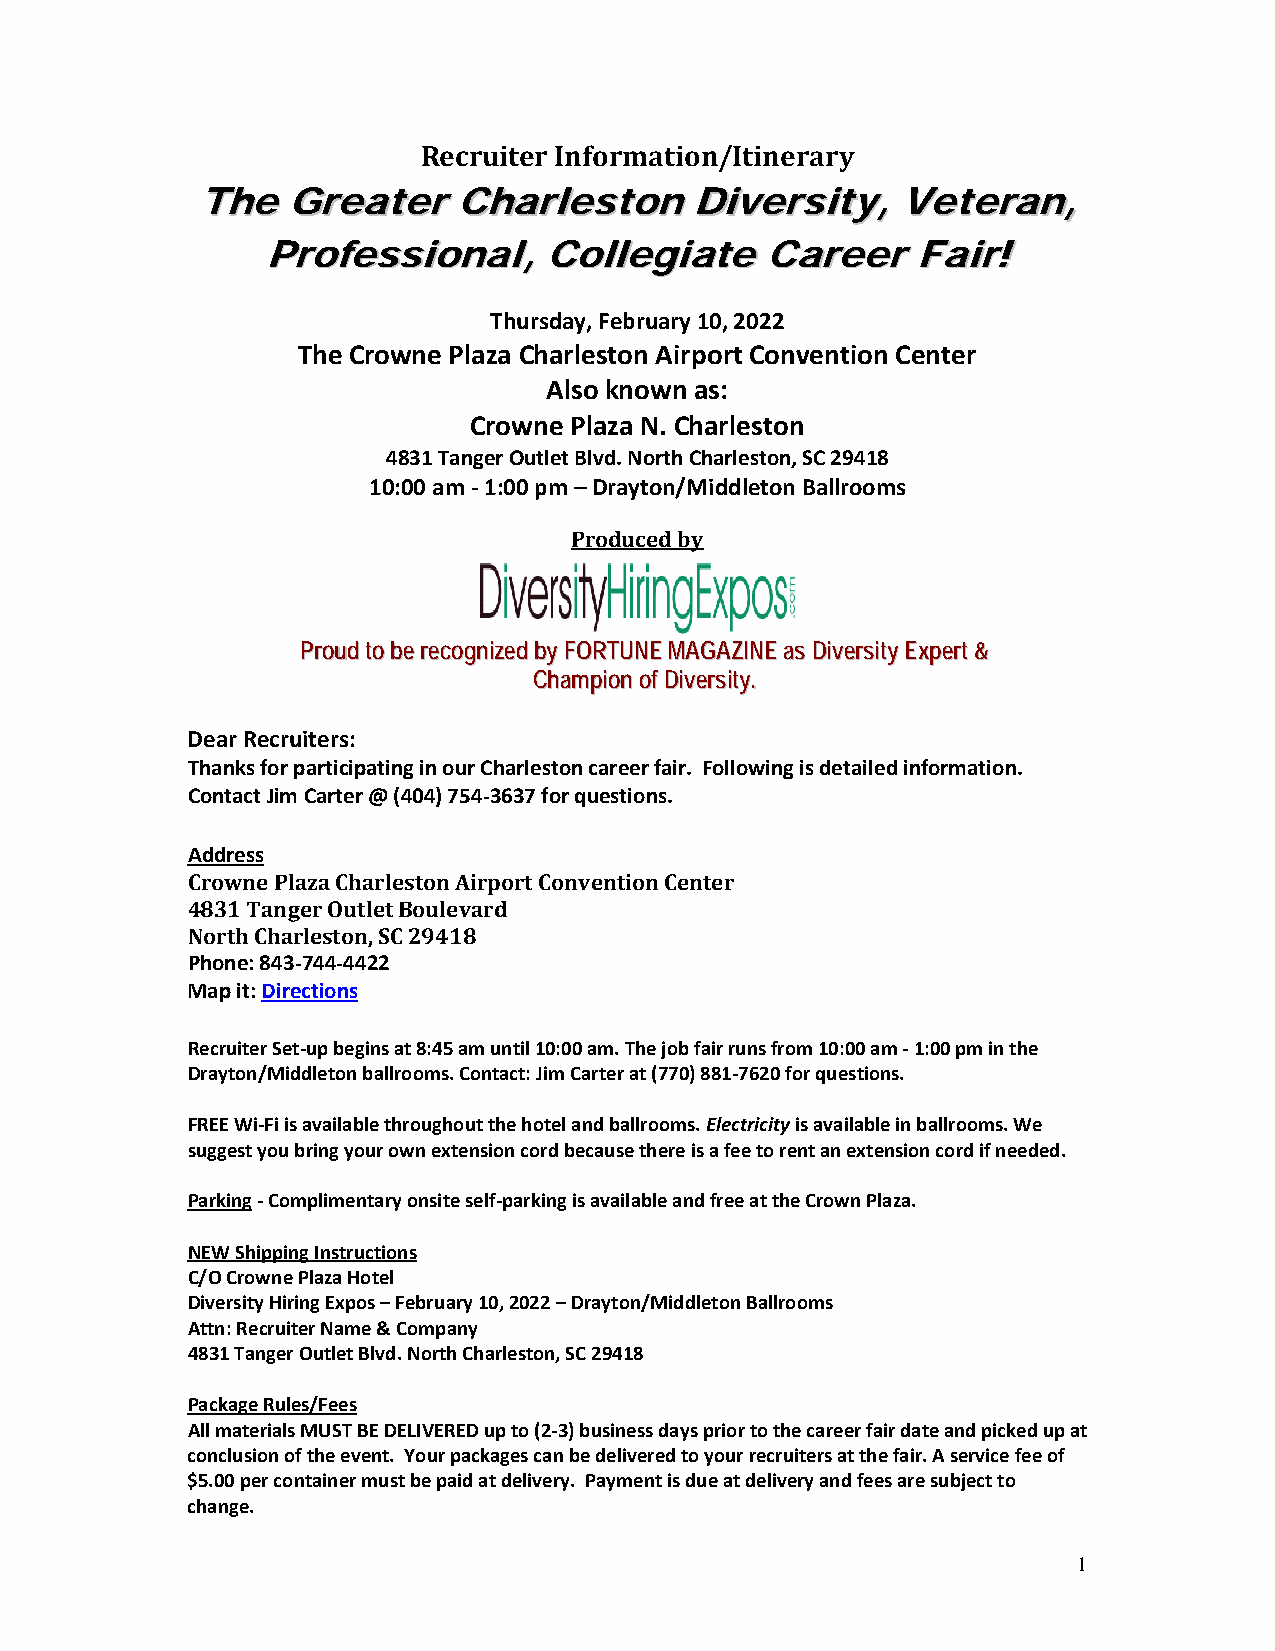
Recruiter Information/Itinerary
 TThhee GGrreeaatteerr CChhaarrlleessttoonn DDiivveerrssiittyy,, VVeetteerraann,,
 PPrrooffeessssiioonnaall,, CCoolllleeggiiaattee CCaarreeeerr FFaaiirr!!
 Thursday, February 10, 2022
 The Crowne Plaza Charleston Airport Convention Center
 Also known as:
 Crowne Plaza N. Charleston
 4831 Tanger Outlet Blvd. North Charleston, SC 29418
 10:00 am - 1:00 pm – Drayton/Middleton Ballrooms
 Produced by
 PPrroouudd ttoo bbee rreeccooggnniizzeedd bbyy FFOORRTTUUNNEE MMAAGGAAZZIINNEE aass DDiivveerrssiittyy EExxppeerrtt &&
 CChhaammppiioonn ooff DDiivveerrssiittyy..
 Dear Recruiters:
 Thanks for participating in our Charleston career fair. Following is detailed information.
 Contact Jim Carter @ (404) 754-3637 for questions.
 Address
 Crowne Plaza Charleston Airport Convention Center
 4831 Tanger Outlet Boulevard
 North Charleston, SC 29418
 Phone: 843-744-4422
 Map it: Directions
 Recruiter Set-up begins at 8:45 am until 10:00 am. The job fair runs from 10:00 am - 1:00 pm in the
 Drayton/Middleton ballrooms. Contact: Jim Carter at (770) 881-7620 for questions.
 FREE Wi-Fi is available throughout the hotel and ballrooms. Electricity is available in ballrooms. We
 suggest you bring your own extension cord because there is a fee to rent an extension cord if needed.
 Parking - Complimentary onsite self-parking is available and free at the Crown Plaza.
 NEW Shipping Instructions
 C/O Crowne Plaza Hotel
 Diversity Hiring Expos – February 10, 2022 – Drayton/Middleton Ballrooms
 Attn: Recruiter Name & Company
 4831 Tanger Outlet Blvd. North Charleston, SC 29418
 Package Rules/Fees
 All materials MUST BE DELIVERED up to (2-3) business days prior to the career fair date and picked up at
 conclusion of the event. Your packages can be delivered to your recruiters at the fair. A service fee of
 $5.00 per container must be paid at delivery. Payment is due at delivery and fees are subject to
 change.
 1